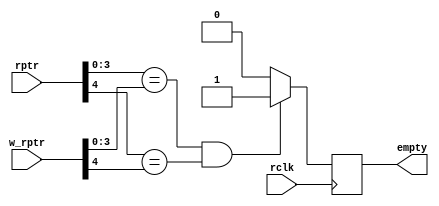
module readblock(rclk,rptr,w_rptr,empty);
  input  rclk;
  input  [4:0] rptr,w_rptr;
  output reg empty;
  
  always@(posedge rclk)
    begin
      
      if(rptr[3:0]==w_rptr[3:0] && rptr[4]==w_rptr[4])
        	empty = 1;
      else
        	empty = 0;
      
    end
  
  
endmodule